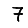
Digit: 7